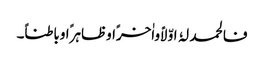
فالحمد لہُ اوّلاًواٰخرًاوظاہرًاوباطناً۔